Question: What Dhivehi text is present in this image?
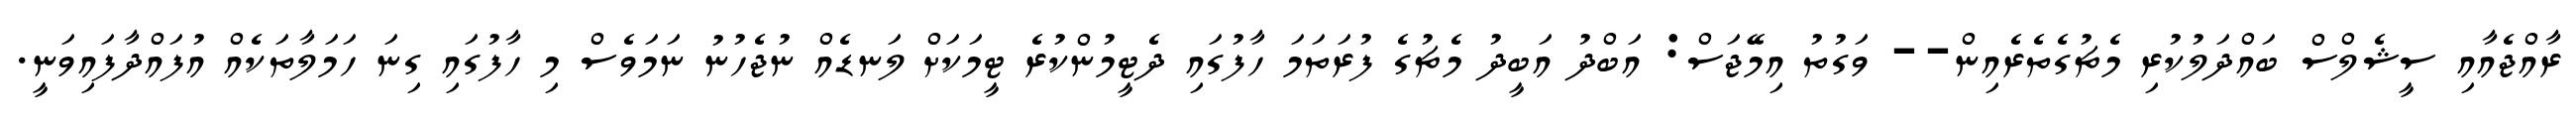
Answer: ރާއްޖެއާއި ސީޝެލްސް ބައްދަލުކުރި މެޗުގެތެރެއިން-- ވަގުތު އިމޭޖަސް: އަބްދު އަބީދު މެޗުގެ ފުރަތަމަ ހާފުގައި ދެޓީމުންކުރެ ޓީމަކަށް ލަނޑެއް ނުޖެހުނު ނަމަވެސް މި ހާފުގައި ގިނަ ހަމަލާތަކެއް އުފައްދާފައިވަނީ.